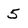
Character: 5